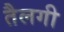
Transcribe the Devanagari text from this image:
तैलगी